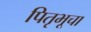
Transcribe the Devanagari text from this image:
पितृभूचा